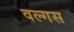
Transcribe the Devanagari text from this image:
वल्गस